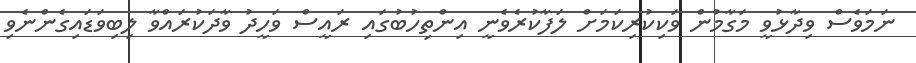
ނަމަވެސް ވިދާޅުވީ މަގާމުން ވަކިކުރިކަމަށް ލަފާކުރެވެނީ އިންތިހުބުގައި ރައީސް ވަހީދު ވާދަކުރައްވާ ލިބިވަޑައިގެންނެވި